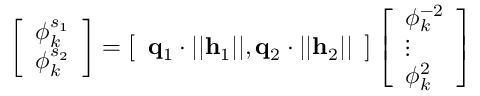
\left[ \begin{array} { l } { \phi _ { k } ^ { s _ { 1 } } } \\ { \phi _ { k } ^ { s _ { 2 } } } \end{array} \right] = \left[ \begin{array} { l } { \mathbf { q } _ { 1 } \cdot | | \mathbf { h } _ { 1 } | | , \mathbf { q } _ { 2 } \cdot | | \mathbf { h } _ { 2 } | | } \end{array} \right] \left[ \begin{array} { l } { \phi _ { k } ^ { - 2 } } \\ { \vdots } \\ { \phi _ { k } ^ { 2 } } \end{array} \right]